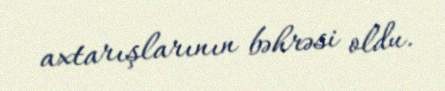
axtarışlarının bəhrəsi oldu.